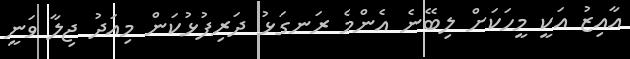
އާއިޒު އަކީ މީހަކަށް ލިބޭނެ އެންމެ ރަނގަޅު ދަރިފުޅުކަން މިއަދު ޖިލާ ވަނީ